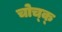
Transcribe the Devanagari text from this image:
चोच्क्